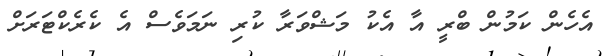
އެހެން ކަމުން ބްރީ އާ އެކު މަޝްވަރާ ކުރި ނަމަވެސް އެ ކެރެކްޓަރަށް